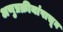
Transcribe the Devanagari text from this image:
अणुप्रक्रीयांपासून